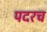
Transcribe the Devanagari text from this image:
पदरच